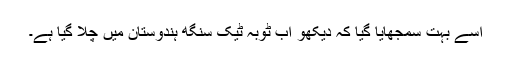
اسے بہت سمجھایا گیا کہ دیکھو اب ٹوبہ ٹیک سنگھ ہندوستان میں چلا گیا ہے۔